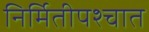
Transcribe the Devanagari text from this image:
निर्मितीपश्चात